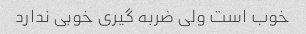
خوب است ولی ضربه گیری خوبی ندارد